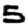
Digit: 5